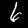
Label: 6